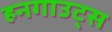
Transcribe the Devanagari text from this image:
हनगाउट्स